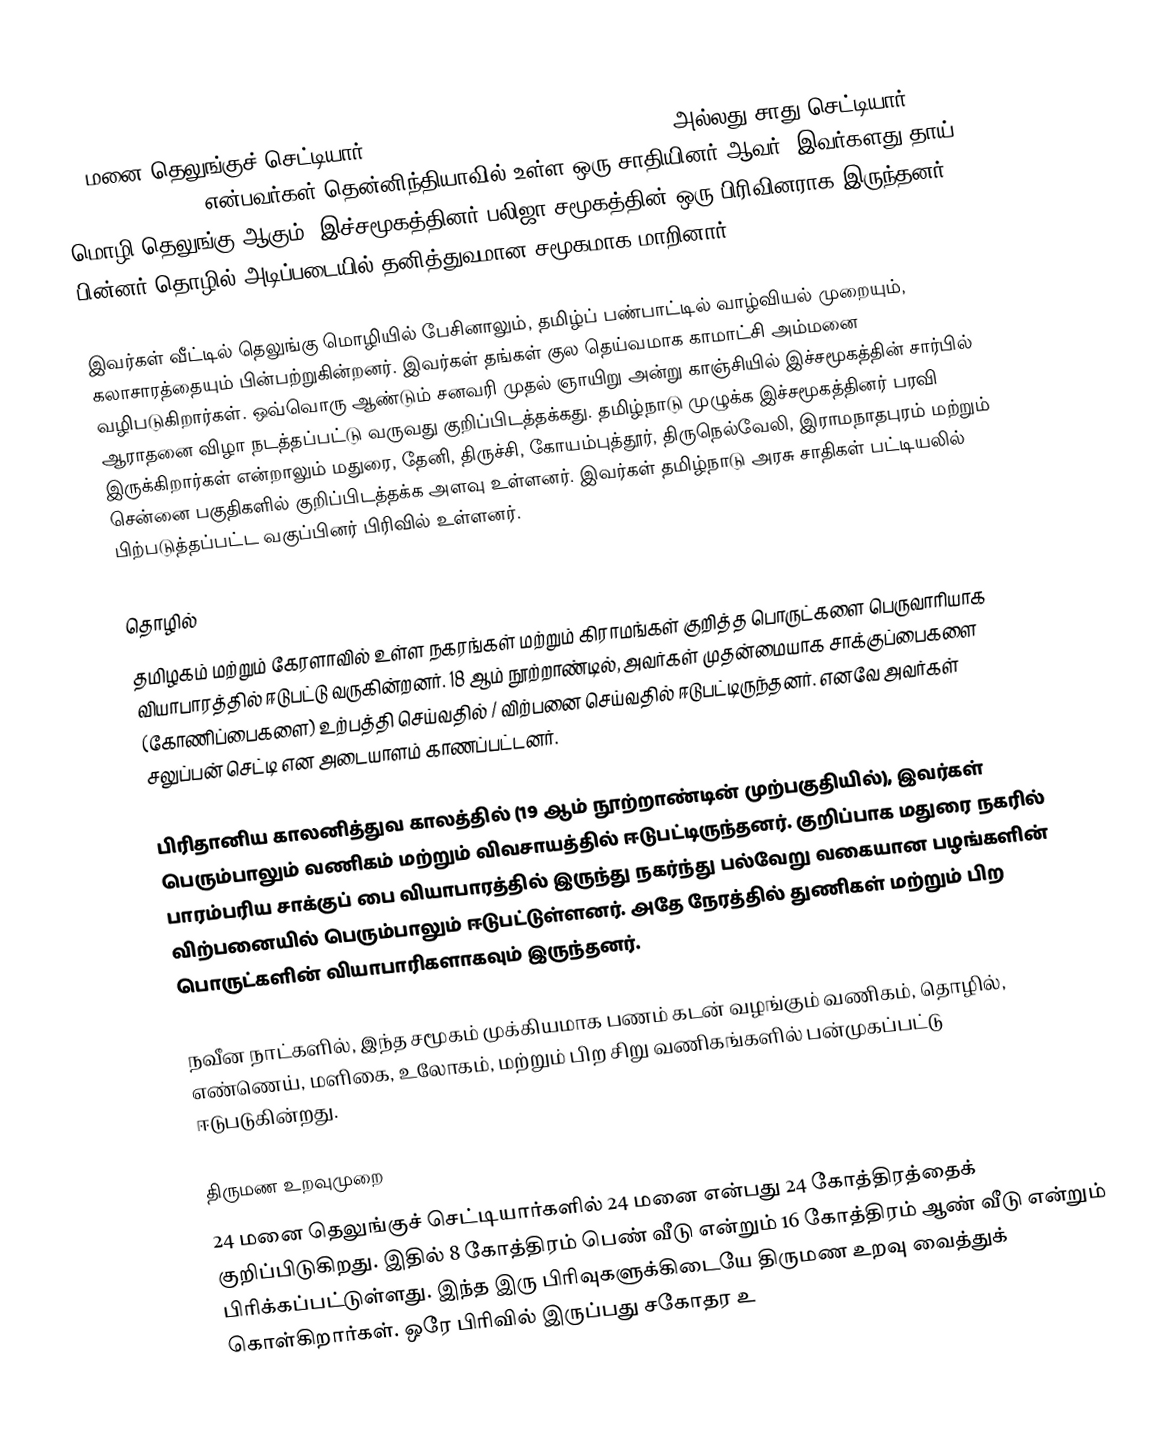
24 மனை தெலுங்குச் செட்டியார் (Twenty four Manai Telugu Chettiars) அல்லது சாது செட்டியார் (Sadhu Chettiar) என்பவர்கள் தென்னிந்தியாவில் உள்ள ஒரு சாதியினர் ஆவர். இவர்களது தாய் மொழி தெலுங்கு ஆகும். இச்சமூகத்தினர் பலிஜா சமூகத்தின்  ஒரு பிரிவினராக இருந்தனர். பின்னர் தொழில் அடிப்படையில் தனித்துவமான சமூகமாக மாறினார்.

இவர்கள் வீட்டில் தெலுங்கு மொழியில் பேசினாலும், தமிழ்ப் பண்பாட்டில் வாழ்வியல் முறையும், கலாசாரத்தையும் பின்பற்றுகின்றனர். இவர்கள் தங்கள் குல தெய்வமாக காமாட்சி அம்மனை வழிபடுகிறார்கள். ஒவ்வொரு ஆண்டும் சனவரி முதல் ஞாயிறு அன்று காஞ்சியில் இச்சமூகத்தின் சார்பில் ஆராதனை விழா நடத்தப்பட்டு வருவது குறிப்பிடத்தக்கது. தமிழ்நாடு முழுக்க இச்சமூகத்தினர் பரவி இருக்கிறார்கள் என்றாலும் மதுரை, தேனி, திருச்சி, கோயம்புத்தூர், திருநெல்வேலி, இராமநாதபுரம் மற்றும் சென்னை பகுதிகளில் குறிப்பிடத்தக்க அளவு உள்ளனர். இவர்கள் தமிழ்நாடு அரசு சாதிகள் பட்டியலில் பிற்படுத்தப்பட்ட வகுப்பினர் பிரிவில் உள்ளனர்.

தொழில்
தமிழகம் மற்றும் கேரளாவில் உள்ள நகரங்கள் மற்றும் கிராமங்கள் குறித்த பொருட்களை பெருவாரியாக வியாபாரத்தில் ஈடுபட்டு வருகின்றனர். 18 ஆம் நூற்றாண்டில், அவர்கள் முதன்மையாக சாக்குப்பைகளை (கோணிப்பைகளை) உற்பத்தி செய்வதில் / விற்பனை செய்வதில் ஈடுபட்டிருந்தனர். எனவே அவர்கள் சலுப்பன் செட்டி என அடையாளம் காணப்பட்டனர்.

பிரிதானிய  காலனித்துவ காலத்தில் (19 ஆம் நூற்றாண்டின் முற்பகுதியில்), இவர்கள் பெரும்பாலும் வணிகம் மற்றும் விவசாயத்தில் ஈடுபட்டிருந்தனர். குறிப்பாக மதுரை  நகரில் பாரம்பரிய சாக்குப்  பை வியாபாரத்தில்  இருந்து நகர்ந்து பல்வேறு வகையான பழங்களின் விற்பனையில்  பெரும்பாலும் ஈடுபட்டுள்ளனர்.  அதே நேரத்தில் துணிகள் மற்றும் பிற பொருட்களின் வியாபாரிகளாகவும் இருந்தனர்.

நவீன நாட்களில், இந்த சமூகம் முக்கியமாக பணம் கடன் வழங்கும் வணிகம், தொழில், எண்ணெய், மளிகை, உலோகம், மற்றும் பிற சிறு வணிகங்களில் பன்முகப்பட்டு ஈடுபடுகின்றது.

திருமண உறவுமுறை
24 மனை தெலுங்குச் செட்டியார்களில் 24 மனை என்பது 24 கோத்திரத்தைக் குறிப்பிடுகிறது. இதில் 8 கோத்திரம் பெண் வீடு என்றும் 16 கோத்திரம் ஆண் வீடு என்றும் பிரிக்கப்பட்டுள்ளது. இந்த இரு பிரிவுகளுக்கிடையே திருமண உறவு வைத்துக் கொள்கிறார்கள். ஒரே பிரிவில் இருப்பது சகோதர உ